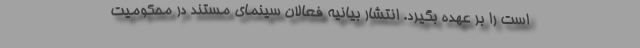
است را بر عهده بگیرد. انتشار بیانیه فعالان سینمای مستند در محکومیت